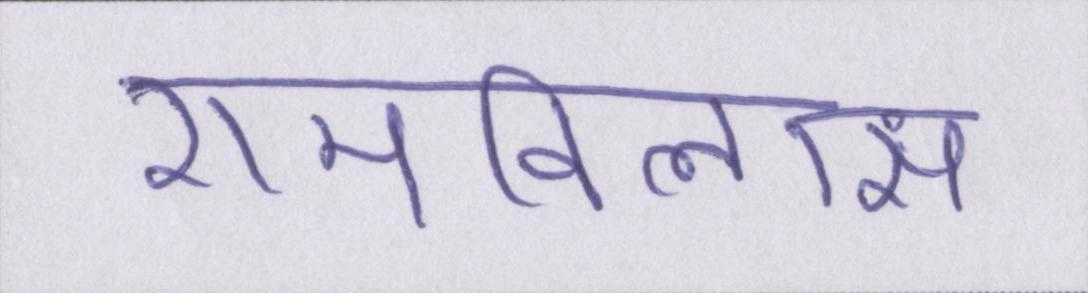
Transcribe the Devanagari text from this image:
रामविलास